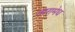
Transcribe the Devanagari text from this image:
तारामेध